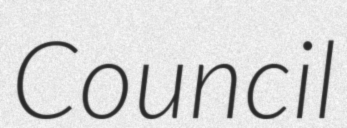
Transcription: Council